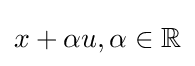
x+\alpha u,\alpha \in \mathbb {R}